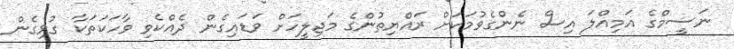
ނަސީމްގެ އަމިއްލަ އިސް ނެންގެވުމަކަށް ރައްޔިތުންގެ މަޖިލީހަށް ވަޑައިގެން ދެއްކެވި ވާހަކަތަކާ ގުޅިގެން